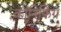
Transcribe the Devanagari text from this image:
कानिफिंग